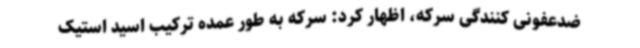
ضدعفونی کنندگی سرکه، اظهار کرد: سرکه به طور عمده ترکیب اسید استیک